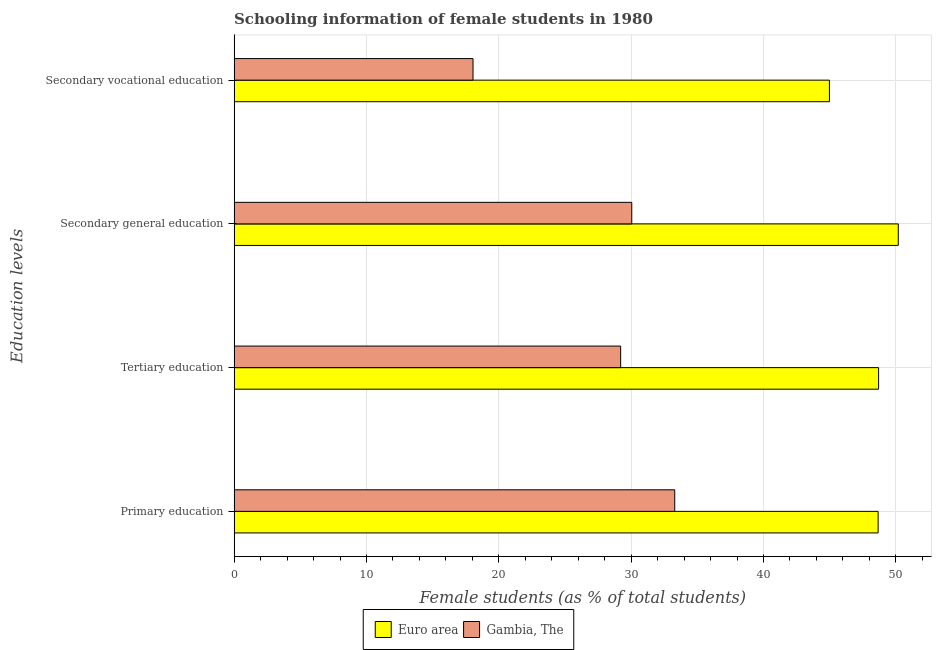
| Education levels | Euro area | Gambia, The |
 | --- | --- | --- |
 | Primary education | 48.7 | 33.3 |
 | Tertiary education | 48.7 | 29.2 |
 | Secondary general education | 50.2 | 30 |
 | Secondary vocational education | 45 | 18.1 |